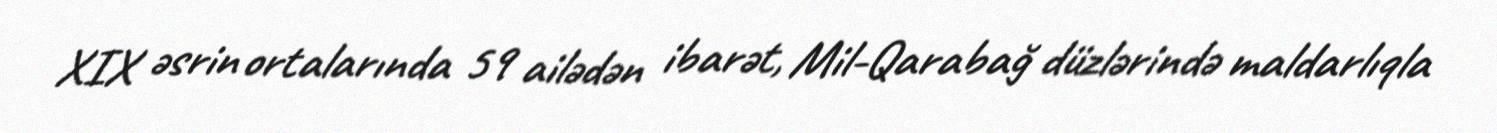
XIX əsrin ortalarında 59 ailədən ibarət, Mil-Qarabağ düzlərində maldarlıqla